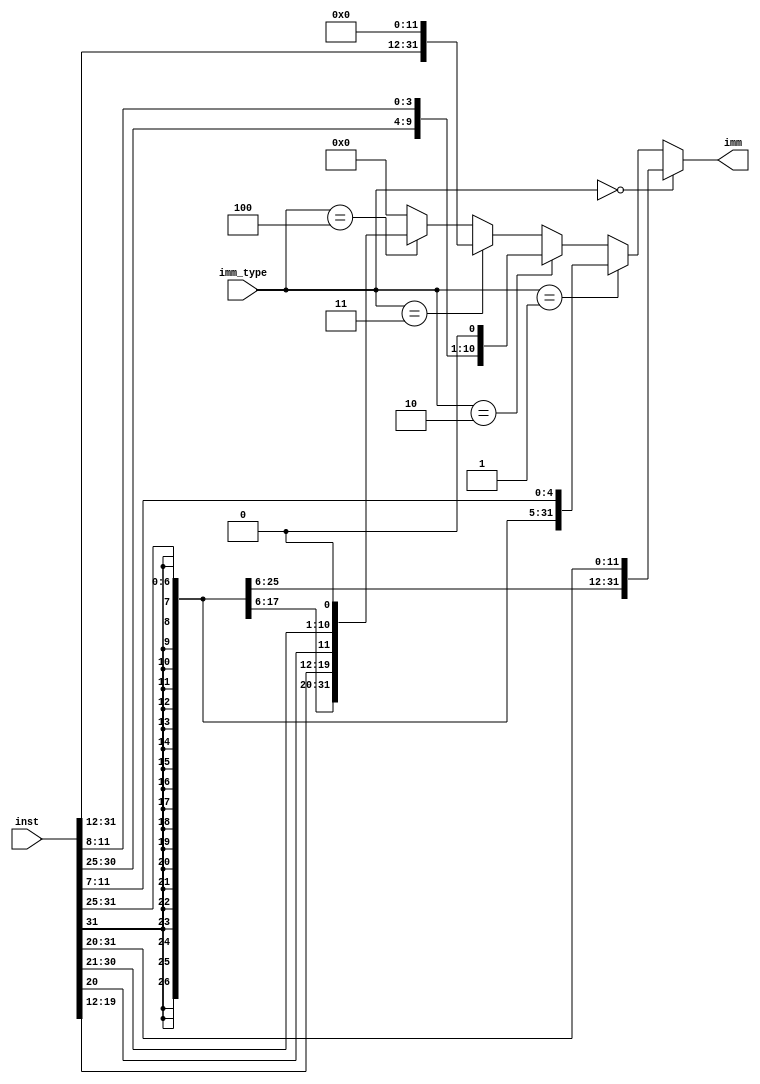
`timescale 1ns / 1ps

module IMMediate(
	input [31:0] inst,
	input [2:0] imm_type,
	output reg [31:0] imm
    );

always @(*)
begin
	if (imm_type == 0)//I type
	begin
		imm = {{21{inst[31]}}, inst[30:20]};
	end
	else if (imm_type == 1)//S type
	begin
		imm = {{21{inst[31]}}, inst[30:25], inst[11:7]};
	end
	else if (imm_type == 2)//B type
	begin
		imm = {{20{inst[31]}}, inst[7] ,inst[30:25], inst[11:8], 1'b0};
	end
	else if (imm_type == 3)//U type
	begin
		imm = {inst[31:12],12'h000};
	end
	else if (imm_type == 4)//J type
	begin
		imm = {{12{inst[31]}}, inst[19:12], inst[20], inst[30:21], 1'b0};
	end
	else
	begin
		imm = 0;
	end
end

endmodule